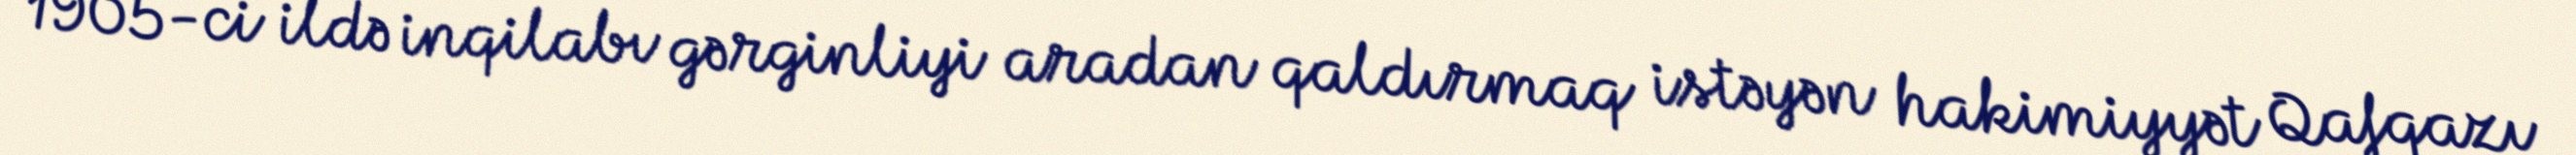
1905-ci ildə inqilabı gərginliyi aradan qaldırmaq istəyən hakimiyyət Qafqazı